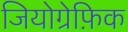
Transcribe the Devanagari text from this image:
जियोग्रेफ़िक